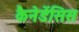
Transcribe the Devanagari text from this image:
कैनेडेंसिस